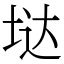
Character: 垯